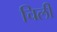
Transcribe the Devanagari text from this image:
चिली